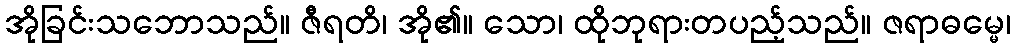
အိုခြင်းသဘောသည်။ ဇီရတိ၊ အို၏။ သော၊ ထိုဘုရားတပည့်သည်။ ဇရာဓမ္မေ၊